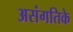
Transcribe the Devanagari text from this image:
असंगतिके